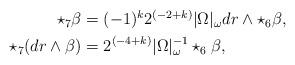
LaTeX: \begin{align*}\begin{aligned} \star_7 \beta &= (-1)^k 2^{(-2+k)} |\Omega|_\omega dr \wedge \star_6 \beta, \\ \star_7 (dr \wedge \beta) &= 2^{(-4+k)} |\Omega|_\omega^{-1} \star_6 \beta,\end{aligned}\end{align*}